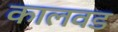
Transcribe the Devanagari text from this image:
कालवड